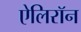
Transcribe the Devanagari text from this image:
ऐलिरॉन